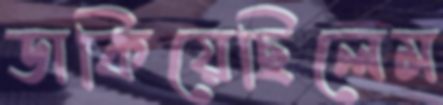
ডাকিয়েছিলেম